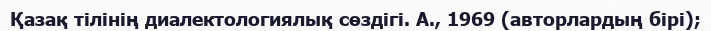
Қазақ тілінің диалектологиялық сөздігі. А., 1969 (авторлардың бірі);